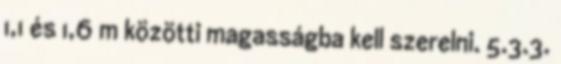
1,1 és 1,6 m közötti magasságba kell szerelni. 5.3.3.